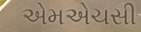
એમએચસી